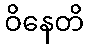
ဝိနေတိ